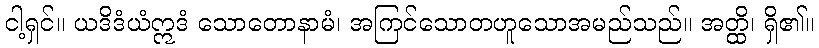
ငါ့ရှင်။ ယဒိဒံယံဣဒံ သောတောနာမံ၊ အကြင်သောတဟူသောအမည်သည်။ အတ္ထိ၊ ရှိ၏။